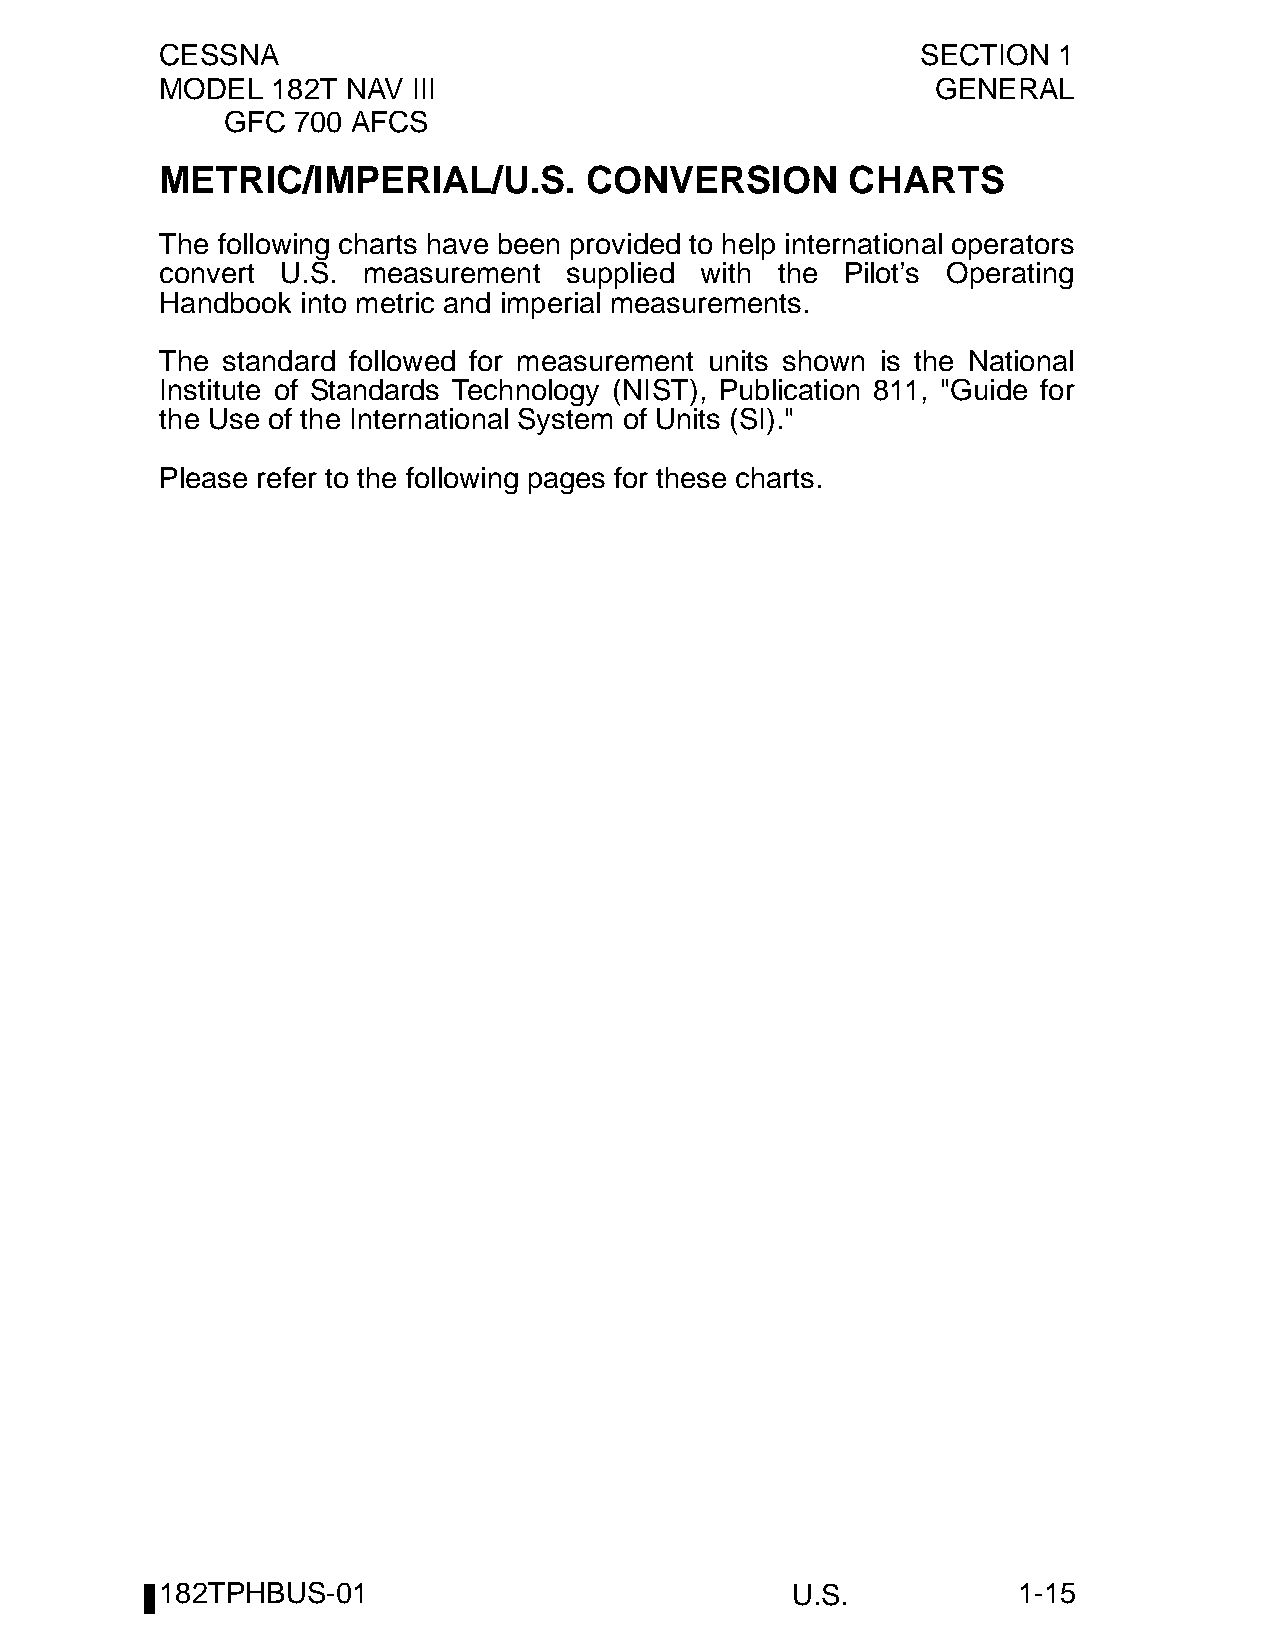
CESSNA                                            SECTION  1
 MODEL  182T NAV III                                GENERAL
 GFC 700 AFCS
 METRIC/IMPERIAL/U.S.        CONVERSION       CHARTS
 The following charts have been provided to help international operators
 convert U.S. measurement  supplied with the  Pilot’s Operating
 Handbook into metric and imperial measurements.
 The standard followed for measurement units shown is the National
 Institute of Standards Technology (NIST), Publication 811, "Guide for
 the Use of the International System of Units (SI)."
 Please refer to the following pages for these charts.
 182TPHBUS-01                             U.S.           1-15